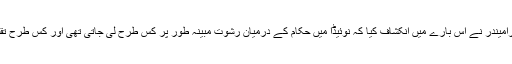
انہوں نے کہا کہ رامیندر نے اس بارے میں انکشاف کیا کہ نوئیڈا میں حکام کے درمیان رشوت مبینہ طور پر کس طرح لی جاتی تھی اور کس طرح تقسیم کی جاتی تھی۔